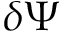
\delta \Psi